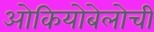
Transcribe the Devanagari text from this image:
ओकियोबेलोची